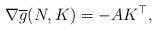
LaTeX: \begin{align*}\nabla\overline{g}(N, K)=-AK^\top,\end{align*}